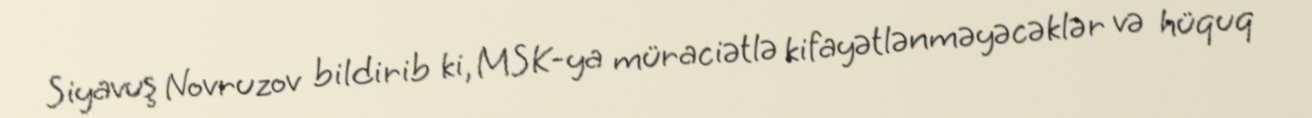
Siyavuş Novruzov bildirib ki, MSK-ya müraciətlə kifayətlənməyəcəklər və hüquq